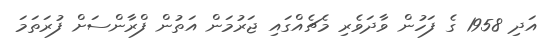
އަދި 1958 ގެ ފަހުން ވާދަވެރި މެޗެއްގައި ޖަރުމަން އަތުން ފްރާންސަށް ފުރަތަމަ